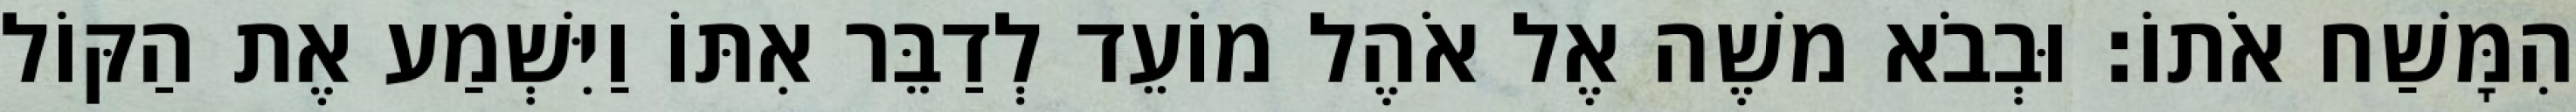
הִמָּשַׁח אֹתוֹ׃ וּבְבֹא משֶׁה אֶל אֹהֶל מוֹעֵד לְדַבֵּר אִתּוֹ וַיִּשְׁמַע אֶת הַקּוֹל